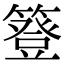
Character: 簦